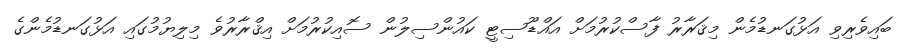
ބައިވެރިވި އަޅުގަނޑުމެން މިޤަރާރު ފާސްކުރުމަށް އައްޑޫސިޓީ ކައުންސިލުން ސޮއިކުރުމަށް އިޤްރާރުވެ މިލިޔުމުގައި އަޅުގަނޑުމެންގެ